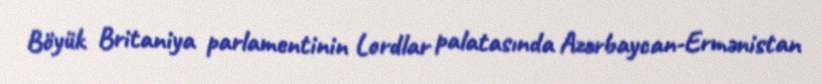
Böyük Britaniya parlamentinin Lordlar palatasında Azərbaycan-Ermənistan